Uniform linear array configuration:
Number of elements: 4
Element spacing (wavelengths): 0.5
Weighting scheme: cosine
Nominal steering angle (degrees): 0
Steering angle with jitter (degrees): -0.5299
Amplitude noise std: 0.05
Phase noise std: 0.05

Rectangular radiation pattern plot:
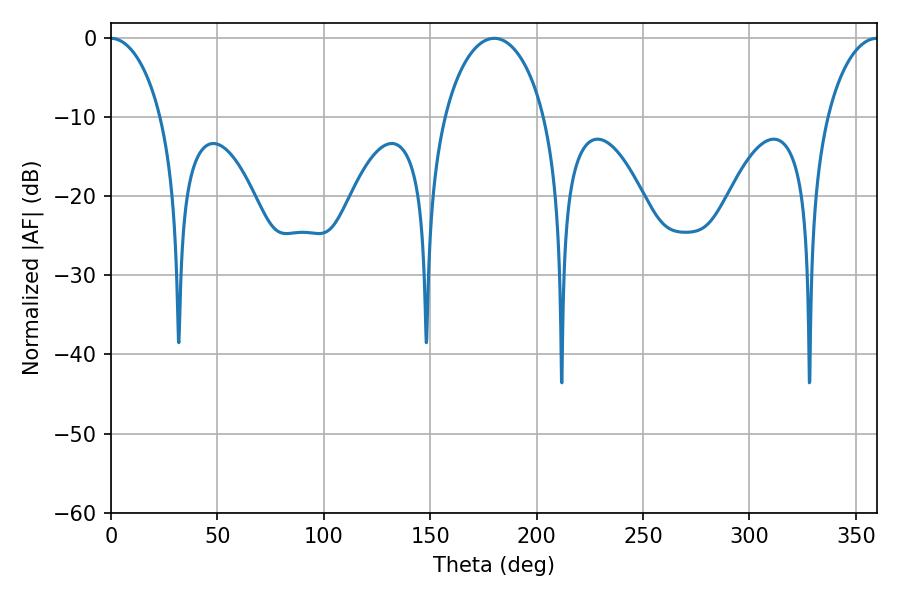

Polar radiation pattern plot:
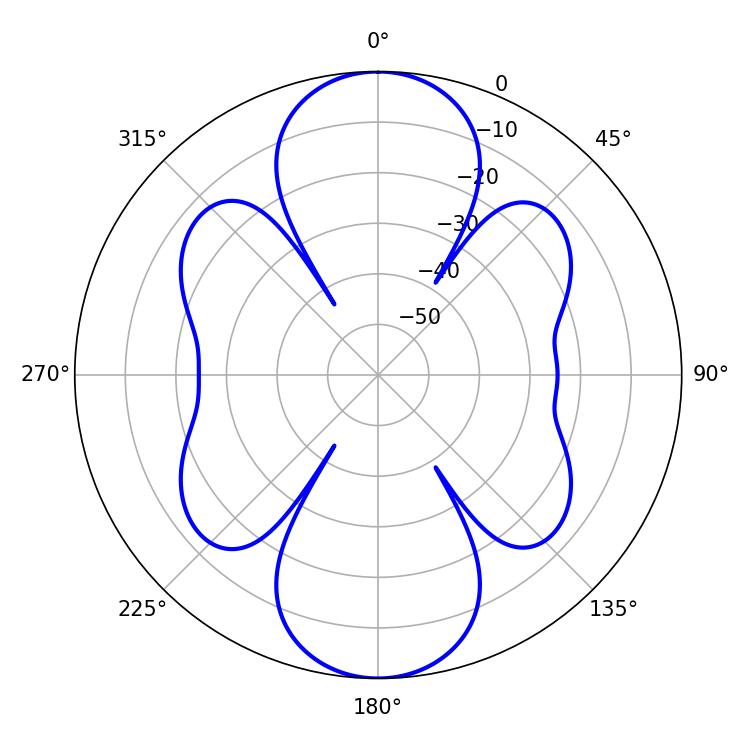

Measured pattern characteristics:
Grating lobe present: FALSE
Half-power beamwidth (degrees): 27.18
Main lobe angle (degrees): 180.18